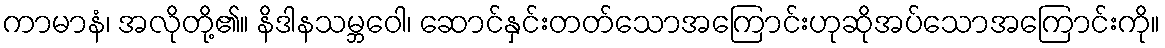
ကာမာနံ၊ အလိုတို့၏။ နိဒါနသမ္ဘဝေါ၊ ဆောင်နှင်းတတ်သောအကြောင်းဟုဆိုအပ်သောအကြောင်းကို။